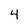
Character: 4